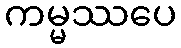
ကမ္မဿပေ